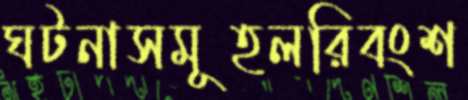
ঘটনাসমূহলরিবংশ